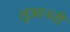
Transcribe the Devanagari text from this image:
लुआनती